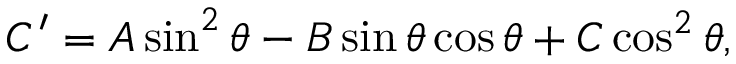
C ^ { \prime } = A \sin ^ { 2 } \theta - B \sin \theta \cos \theta + C \cos ^ { 2 } \theta ,